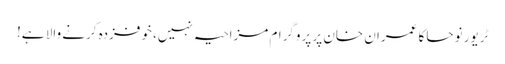
ٹریور نوحا کا عمران خان پر پروگرام مزاحیہ نہیں، خوفزدہ کرنے والا ہے!